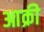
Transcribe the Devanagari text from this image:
आक्री